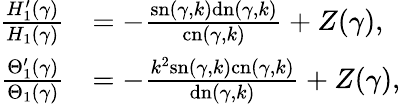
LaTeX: \begin{array}{rl}{\frac{H_{1}^{\prime}(\gamma)}{H_{1}(\gamma)}}&{=-\frac{\mathrm{sn}(\gamma,k)\mathrm{dn}(\gamma,k)}{\mathrm{cn}(\gamma,k)}+Z(\gamma),}\\ {\frac{\Theta_{1}^{\prime}(\gamma)}{\Theta_{1}(\gamma)}}&{=-\frac{k^{2}\mathrm{sn}(\gamma,k)\mathrm{cn}(\gamma,k)}{\mathrm{dn}(\gamma,k)}+Z(\gamma),}\end{array}